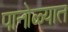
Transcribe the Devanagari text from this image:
पानोळ्यात